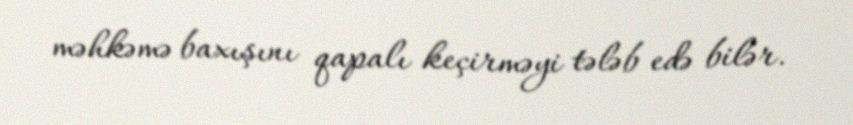
məhkəmə baxışını qapalı keçirməyi tələb edə bilər.